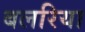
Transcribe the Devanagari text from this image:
बलरिया